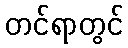
တင်ရာတွင်